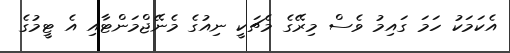
އެކަމަކު ހަމަ ގައިމު ވެސް މިރޭގެ މެޗަކީ ނިއުގެ މެނޭޖްމަންޓާއި އެ ޓީމުގެ